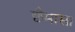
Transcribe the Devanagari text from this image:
छैमासा